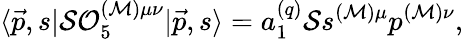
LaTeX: \langle\vec{p},s|{\cal S}{\cal O}_{5}^{({\cal M})\mu\nu}|\vec{p},s\rangle=a_{1}^{(q)}{\cal S}s^{({\cal M})\mu}p^{({\cal M})\nu},